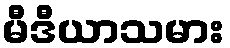
မီဒီယာသမား